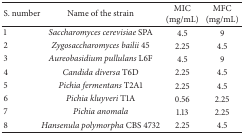
<table><thead><tr><td><b>S. number</b></td><td><b>Name of the strain</b></td><td><b>MIC (mg/mL)</b></td><td><b>MFC (mg/mL)</b></td></tr></thead><tbody><tr><td>1</td><td><i>Saccharomyces cerevisiae</i> SPA</td><td>4.5</td><td>9</td></tr><tr><td>2</td><td><i>Zygosaccharomyces bailii</i> 45</td><td>2.25</td><td>4.5</td></tr><tr><td>3</td><td><i>Aureobasidium pullulans</i> L6F</td><td>4.5</td><td>9</td></tr><tr><td>4</td><td><i>Candida diversa</i> T6D</td><td>2.25</td><td>4.5</td></tr><tr><td>5</td><td><i>Pichia fermentans</i> T2A1</td><td>2.25</td><td>4.5</td></tr><tr><td>6</td><td><i>Pichia kluyveri</i> T1A</td><td>0.56</td><td>2.25</td></tr><tr><td>7</td><td><i>Pichia anomala </i></td><td>1.13</td><td>2.25</td></tr><tr><td>8</td><td><i>Hansenula polymorpha</i> CBS 4732</td><td>2.25</td><td>4.5</td></tr></tbody></table>